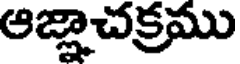
ఆజ్లాచక్రము